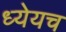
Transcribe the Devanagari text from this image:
ध्येयच